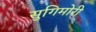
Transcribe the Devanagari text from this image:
सुगिमोरी